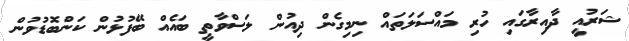
ޝަރުއީ ދާއިރާގައި ހުރި މައްސަލަތައް ނިމިގެން ދިއުން ލަސްވާތީ ބައެއް ބޭފުޅުން ކަންބޮޑުވުން